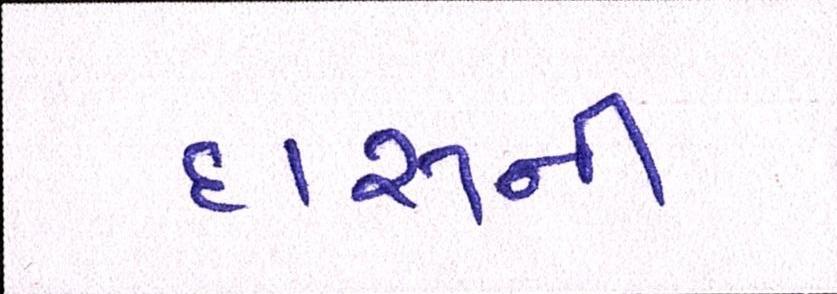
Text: દારૂની